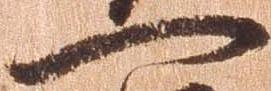
一